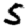
Digit: 5